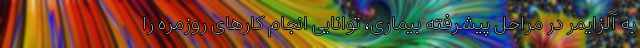
به آلزایمر در مراحل پیشرفته بیماری، توانایی انجام کارهای روزمره را